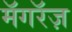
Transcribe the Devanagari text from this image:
मॅगरॅज़